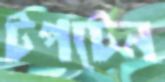
টপটেন